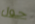
حول